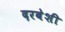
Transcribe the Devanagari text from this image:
दरबेशी